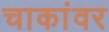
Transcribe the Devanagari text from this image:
चाकांवर